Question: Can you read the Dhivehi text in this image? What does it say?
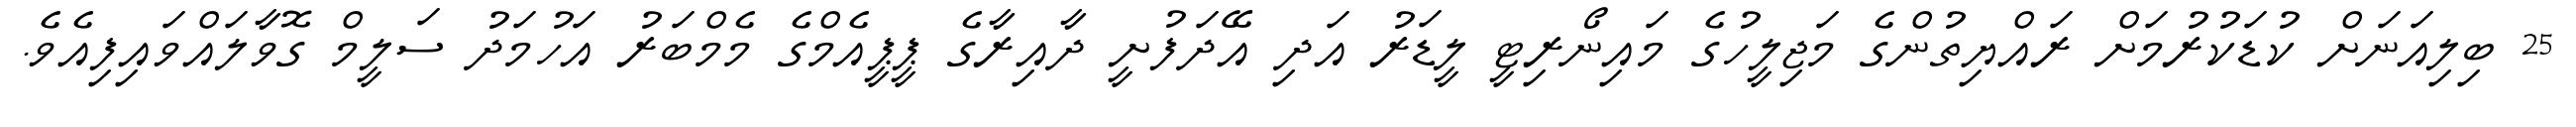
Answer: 25 ބިލިއަނަށް ކުޑަކުރުމަށް ރައްޔިތުންގެ މަޖިލީހުގެ މައިނޯރިޓީ ލީޑަރު އަދި އޭދަފުށީ ދާއިރާގެ ޕީޕީއެމްގެ މެމްބަރު އަހުމަދު ސަލީމް ގޮވާލައްވައިފިއެވެ.